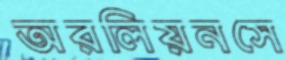
অরলিয়নসে